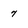
Character: 7